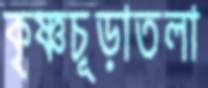
কৃষ্ণচূড়াতলা